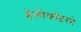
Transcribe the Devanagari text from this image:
हेलीकॉप्टरने